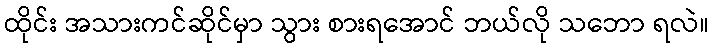
ထိုင်း အသားကင်ဆိုင်မှာ သွား စားရအောင် ဘယ်လို သဘော ရလဲ။